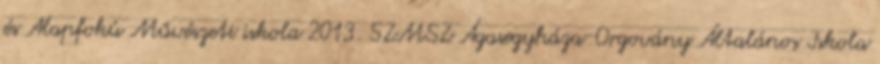
és Alapfokú Művészeti iskola 2013. SZMSZ Ágasegyháza-Orgovány Általános Iskola